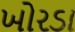
ખોરડા